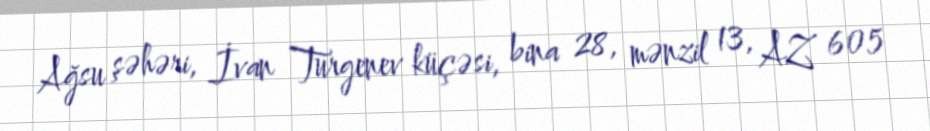
Ağsu şəhəri, İvan Turgenev küçəsi, bina 28, mənzil 13, AZ 605